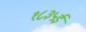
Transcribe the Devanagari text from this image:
१८३५ई